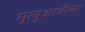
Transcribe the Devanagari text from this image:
मृत्यूआधीच्या